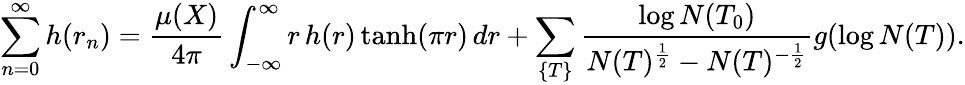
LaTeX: \sum_{n=0}^{\infty}h(r_{n})={\frac{\mu(X)}{4\pi}}\int_{-\infty}^{\infty}r\, h(r)\operatorname{tanh}(\pi r)\, dr+\sum_{\{ T\} }{\frac{\log N(T_{0})}{N(T)^{\frac{1}{2}}-N(T)^{-{\frac{1}{2}}}}}g(\log N(T)).